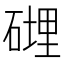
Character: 𥕄